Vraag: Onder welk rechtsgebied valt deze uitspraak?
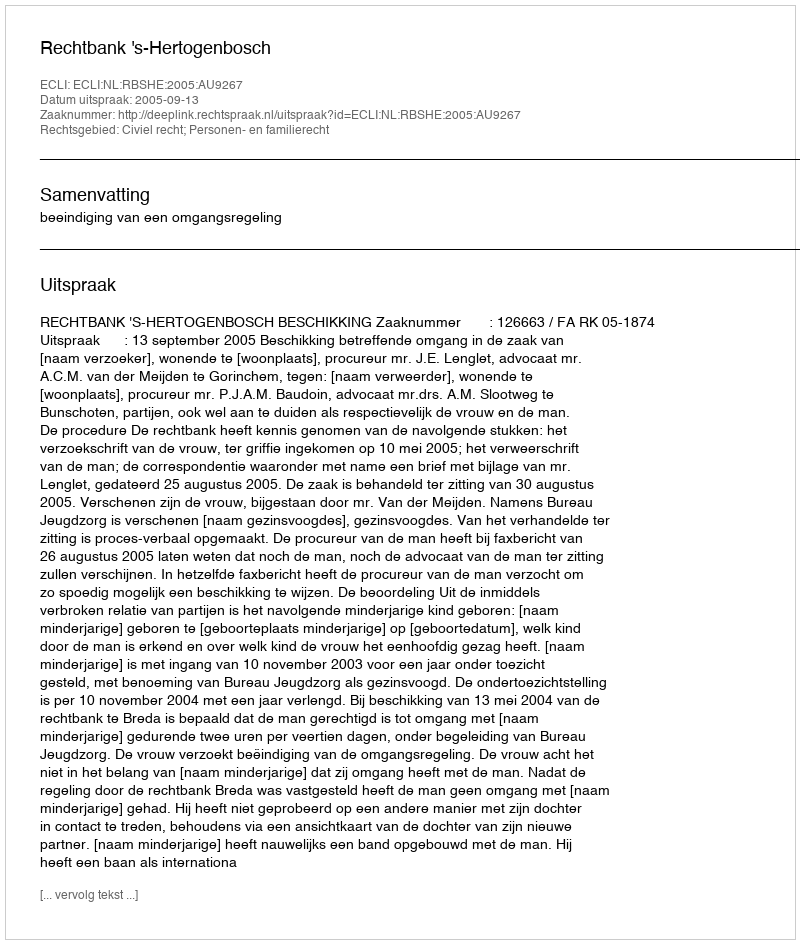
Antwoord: Civiel recht; Personen- en familierecht